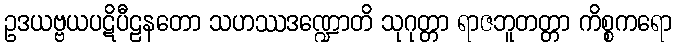
ဥဒယဗ္ဗယပဋိပီဠနတော သဟဿဒဏ္ဍောတိ သုဂုတ္တာ ရာဇဘူတတ္တာ ကိစ္စကရော